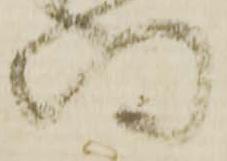
待